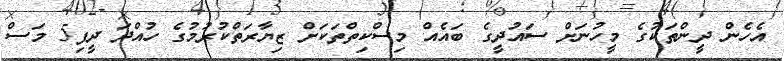
އެހެން ދީންތަކުގެ މީހުނަށް ސައުދީގެ ބައެއް މިސްކިތްތަކަށް ޒިޔާރަތްކުރުމުގެ ހުއްދަ ދީފި5 މަސް